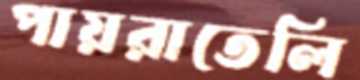
পায়রাতেলি